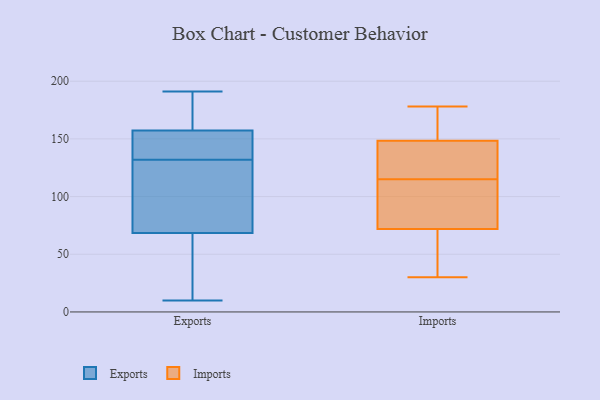
{"axis": {"x": "Website Visitors", "y": "Value"}, "legend": ["Exports", "Imports"], "data": [{"x": "", "y": 23, "type": "Exports"}, {"x": "", "y": 143, "type": "Exports"}, {"x": "", "y": 161, "type": "Exports"}, {"x": "", "y": 175, "type": "Exports"}, {"x": "", "y": 132, "type": "Exports"}, {"x": "", "y": 70, "type": "Exports"}, {"x": "", "y": 126, "type": "Exports"}, {"x": "", "y": 140, "type": "Exports"}, {"x": "", "y": 191, "type": "Exports"}, {"x": "", "y": 44, "type": "Exports"}, {"x": "", "y": 154, "type": "Exports"}, {"x": "", "y": 10, "type": "Exports"}, {"x": "", "y": 64, "type": "Exports"}, {"x": "", "y": 129, "type": "Exports"}, {"x": "", "y": 190, "type": "Exports"}, {"x": "", "y": 74, "type": "Exports"}, {"x": "", "y": 156, "type": "Exports"}, {"x": "", "y": 167, "type": "Imports"}, {"x": "", "y": 151, "type": "Imports"}, {"x": "", "y": 73, "type": "Imports"}, {"x": "", "y": 178, "type": "Imports"}, {"x": "", "y": 71, "type": "Imports"}, {"x": "", "y": 98, "type": "Imports"}, {"x": "", "y": 53, "type": "Imports"}, {"x": "", "y": 132, "type": "Imports"}, {"x": "", "y": 133, "type": "Imports"}, {"x": "", "y": 95, "type": "Imports"}, {"x": "", "y": 30, "type": "Imports"}, {"x": "", "y": 146, "type": "Imports"}]}